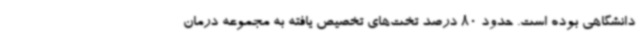
دانشگاهی بوده است. حدود 80 درصد تخت‌های تخصیص یافته به مجموعه درمان